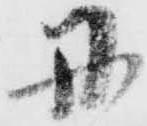
丹